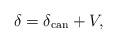
\begin{align*}\delta =\delta _{\mathrm{can}}+V, \end{align*}